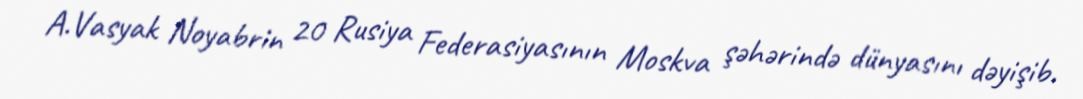
A.Vasyak Noyabrin 20 Rusiya Federasiyasının Moskva şəhərində dünyasını dəyişib.